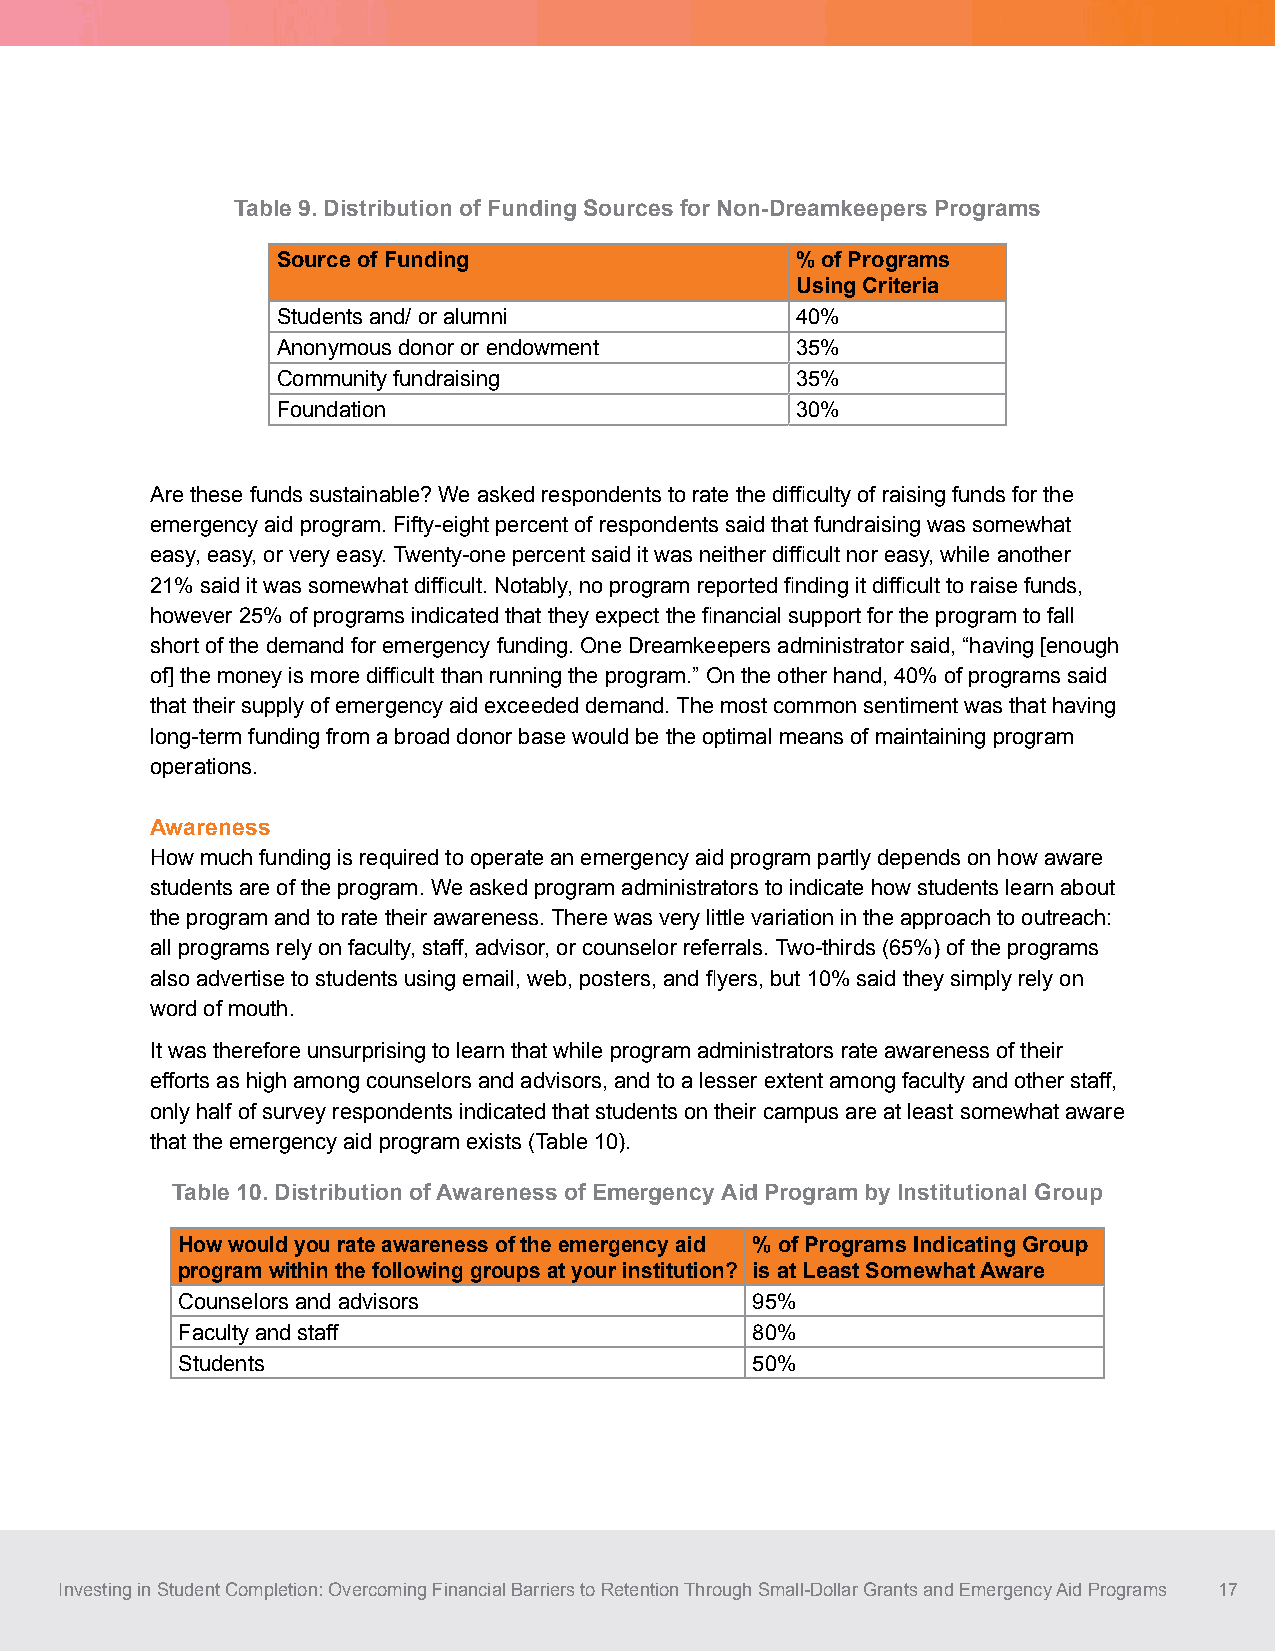
Table 9. Distribution of Funding Sources for Non-Dreamkeepers Programs
 Source of Funding                  % of Programs
 Using Criteria
 Students and/ or alumni            40%
 Anonymous donor or endowment       35%
 Community fundraising              35%
 Foundation                         30%
 Are these funds sustainable? We asked respondents to rate the difficulty of raising funds for the
 emergency aid program. Fifty-eight percent of respondents said that fundraising was somewhat
 easy, easy, or very easy. Twenty-one percent said it was neither difficult nor easy, while another
 21% said it was somewhat difficult. Notably, no program reported finding it difficult to raise funds,
 however 25% of programs indicated that they expect the financial support for the program to fall
 short of the demand for emergency funding. One Dreamkeepers administrator said, “having [enough
 of] the money is more difficult than running the program.” On the other hand, 40% of programs said
 that their supply of emergency aid exceeded demand. The most common sentiment was that having
 long-term funding from a broad donor base would be the optimal means of maintaining program
 operations.
 Awareness
 How much funding is required to operate an emergency aid program partly depends on how aware
 students are of the program. We asked program administrators to indicate how students learn about
 the program and to rate their awareness. There was very little variation in the approach to outreach:
 all programs rely on faculty, staff, advisor, or counselor referrals. Two-thirds (65%) of the programs
 also advertise to students using email, web, posters, and flyers, but 10% said they simply rely on
 word of mouth.
 It was therefore unsurprising to learn that while program administrators rate awareness of their
 efforts as high among counselors and advisors, and to a lesser extent among faculty and other staff,
 only half of survey respondents indicated that students on their campus are at least somewhat aware
 that the emergency aid program exists (Table 10).
 Table 10. Distribution of Awareness of Emergency Aid Program by Institutional Group
 How would you rate awareness of the emergency aid % of Programs Indicating Group
 program within the following groups at your institution? is at Least Somewhat Aware
 Counselors and advisors               95%
 Faculty and staff                     80%
 Students                              50%
 Investing in Student Completion: Overcoming Financial Barriers to Retention Through Small-Dollar Grants and Emergency Aid Programs 17